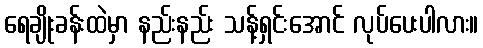
ရေချိုးခန်းထဲမှာ နည်းနည်း သန့်ရှင်းအောင် လုပ်ပေးပါလား။